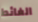
الغائط